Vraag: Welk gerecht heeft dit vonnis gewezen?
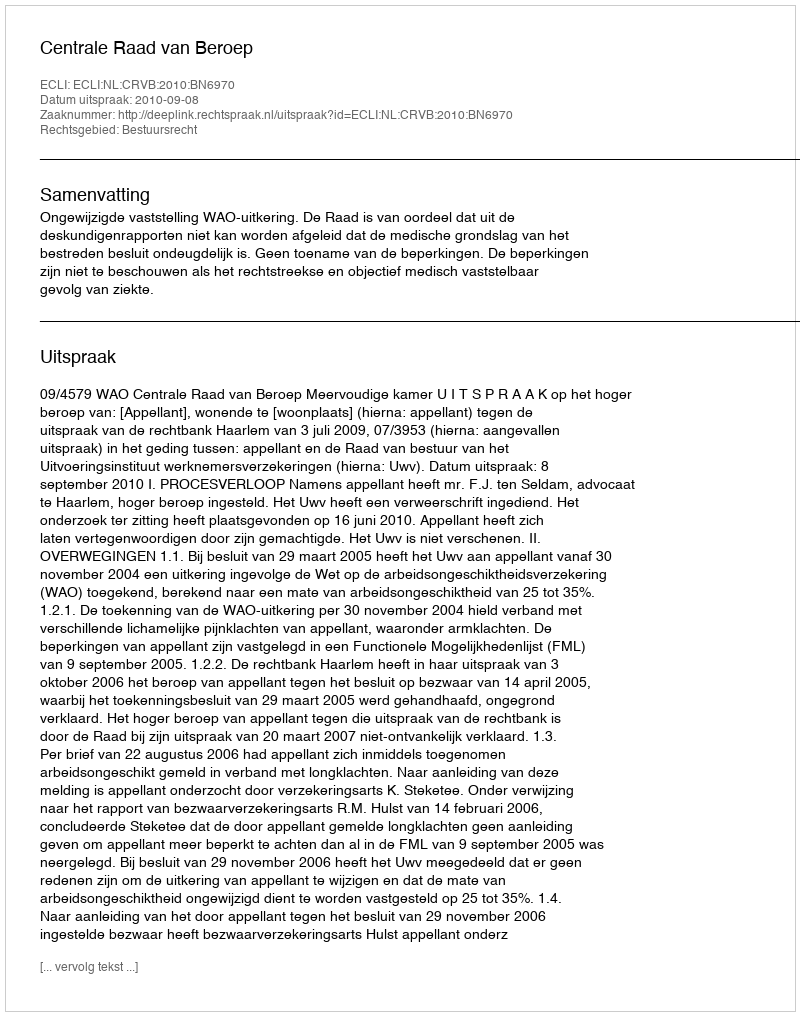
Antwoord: Centrale Raad van Beroep